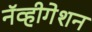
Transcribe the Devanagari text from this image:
नॅव्हीगेशन